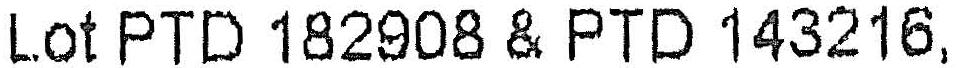
LOT PTD 182908 & PTD 143216,